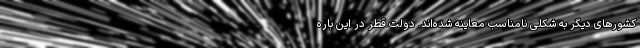
کشورهای دیگر به شکلی نامناسب معاینه شده‌اند. دولت قطر در این باره